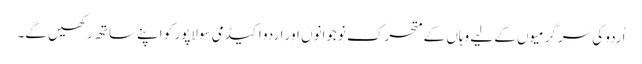
اُردو کی سرگرمیوں کے لیے وہاں کے متحرک نوجوانوں اور اردو اکیڈمی سولاپور کو اپنے ساتھ رکھیں گے۔